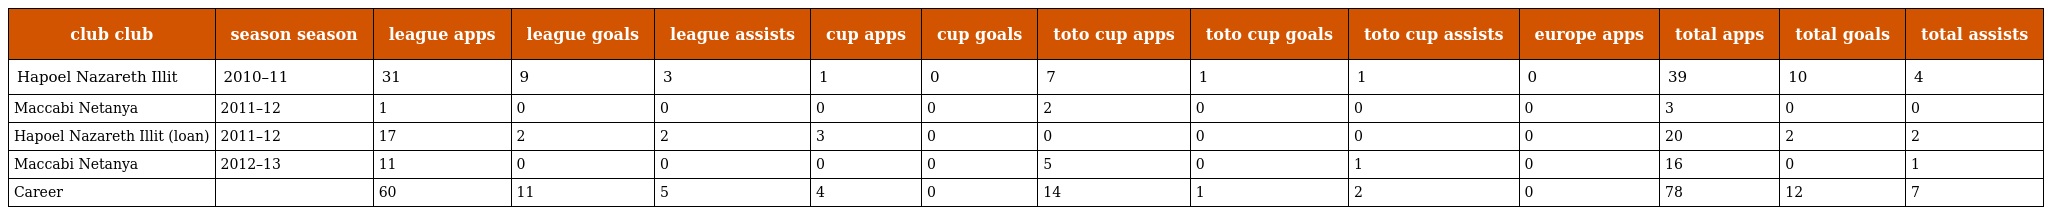
| club club | season season | league apps | league goals | league assists | cup apps | cup goals | toto cup apps | toto cup goals | toto cup assists | europe apps | total apps | total goals | total assists |
 | --- | --- | --- | --- | --- | --- | --- | --- | --- | --- | --- | --- | --- | --- |
 | Hapoel Nazareth Illit | 2010–11 | 31 | 9 | 3 | 1 | 0 | 7 | 1 | 1 | 0 | 39 | 10 | 4 |
 | Maccabi Netanya | 2011–12 | 1 | 0 | 0 | 0 | 0 | 2 | 0 | 0 | 0 | 3 | 0 | 0 |
 | Hapoel Nazareth Illit (loan) | 2011–12 | 17 | 2 | 2 | 3 | 0 | 0 | 0 | 0 | 0 | 20 | 2 | 2 |
 | Maccabi Netanya | 2012–13 | 11 | 0 | 0 | 0 | 0 | 5 | 0 | 1 | 0 | 16 | 0 | 1 |
 | Career |  | 60 | 11 | 5 | 4 | 0 | 14 | 1 | 2 | 0 | 78 | 12 | 7 |